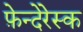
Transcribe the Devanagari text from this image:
फ़ेन्देरेस्क